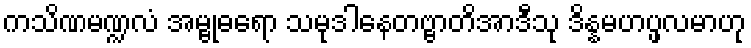
ကသိဏမဏ္ဍလံ အမ္ဗုဓရော သမုဒါနေတဗ္ဗာတိအာဒီသု ဒိန္နမဟပ္ဖလမာဟု